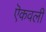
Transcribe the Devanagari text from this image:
ऎकवली